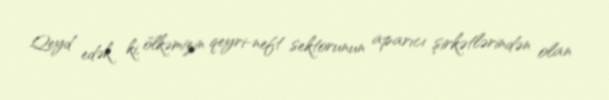
Qeyd edək ki, ölkəmizin qeyri-neft sektorunun aparıcı şirkətlərindən olan